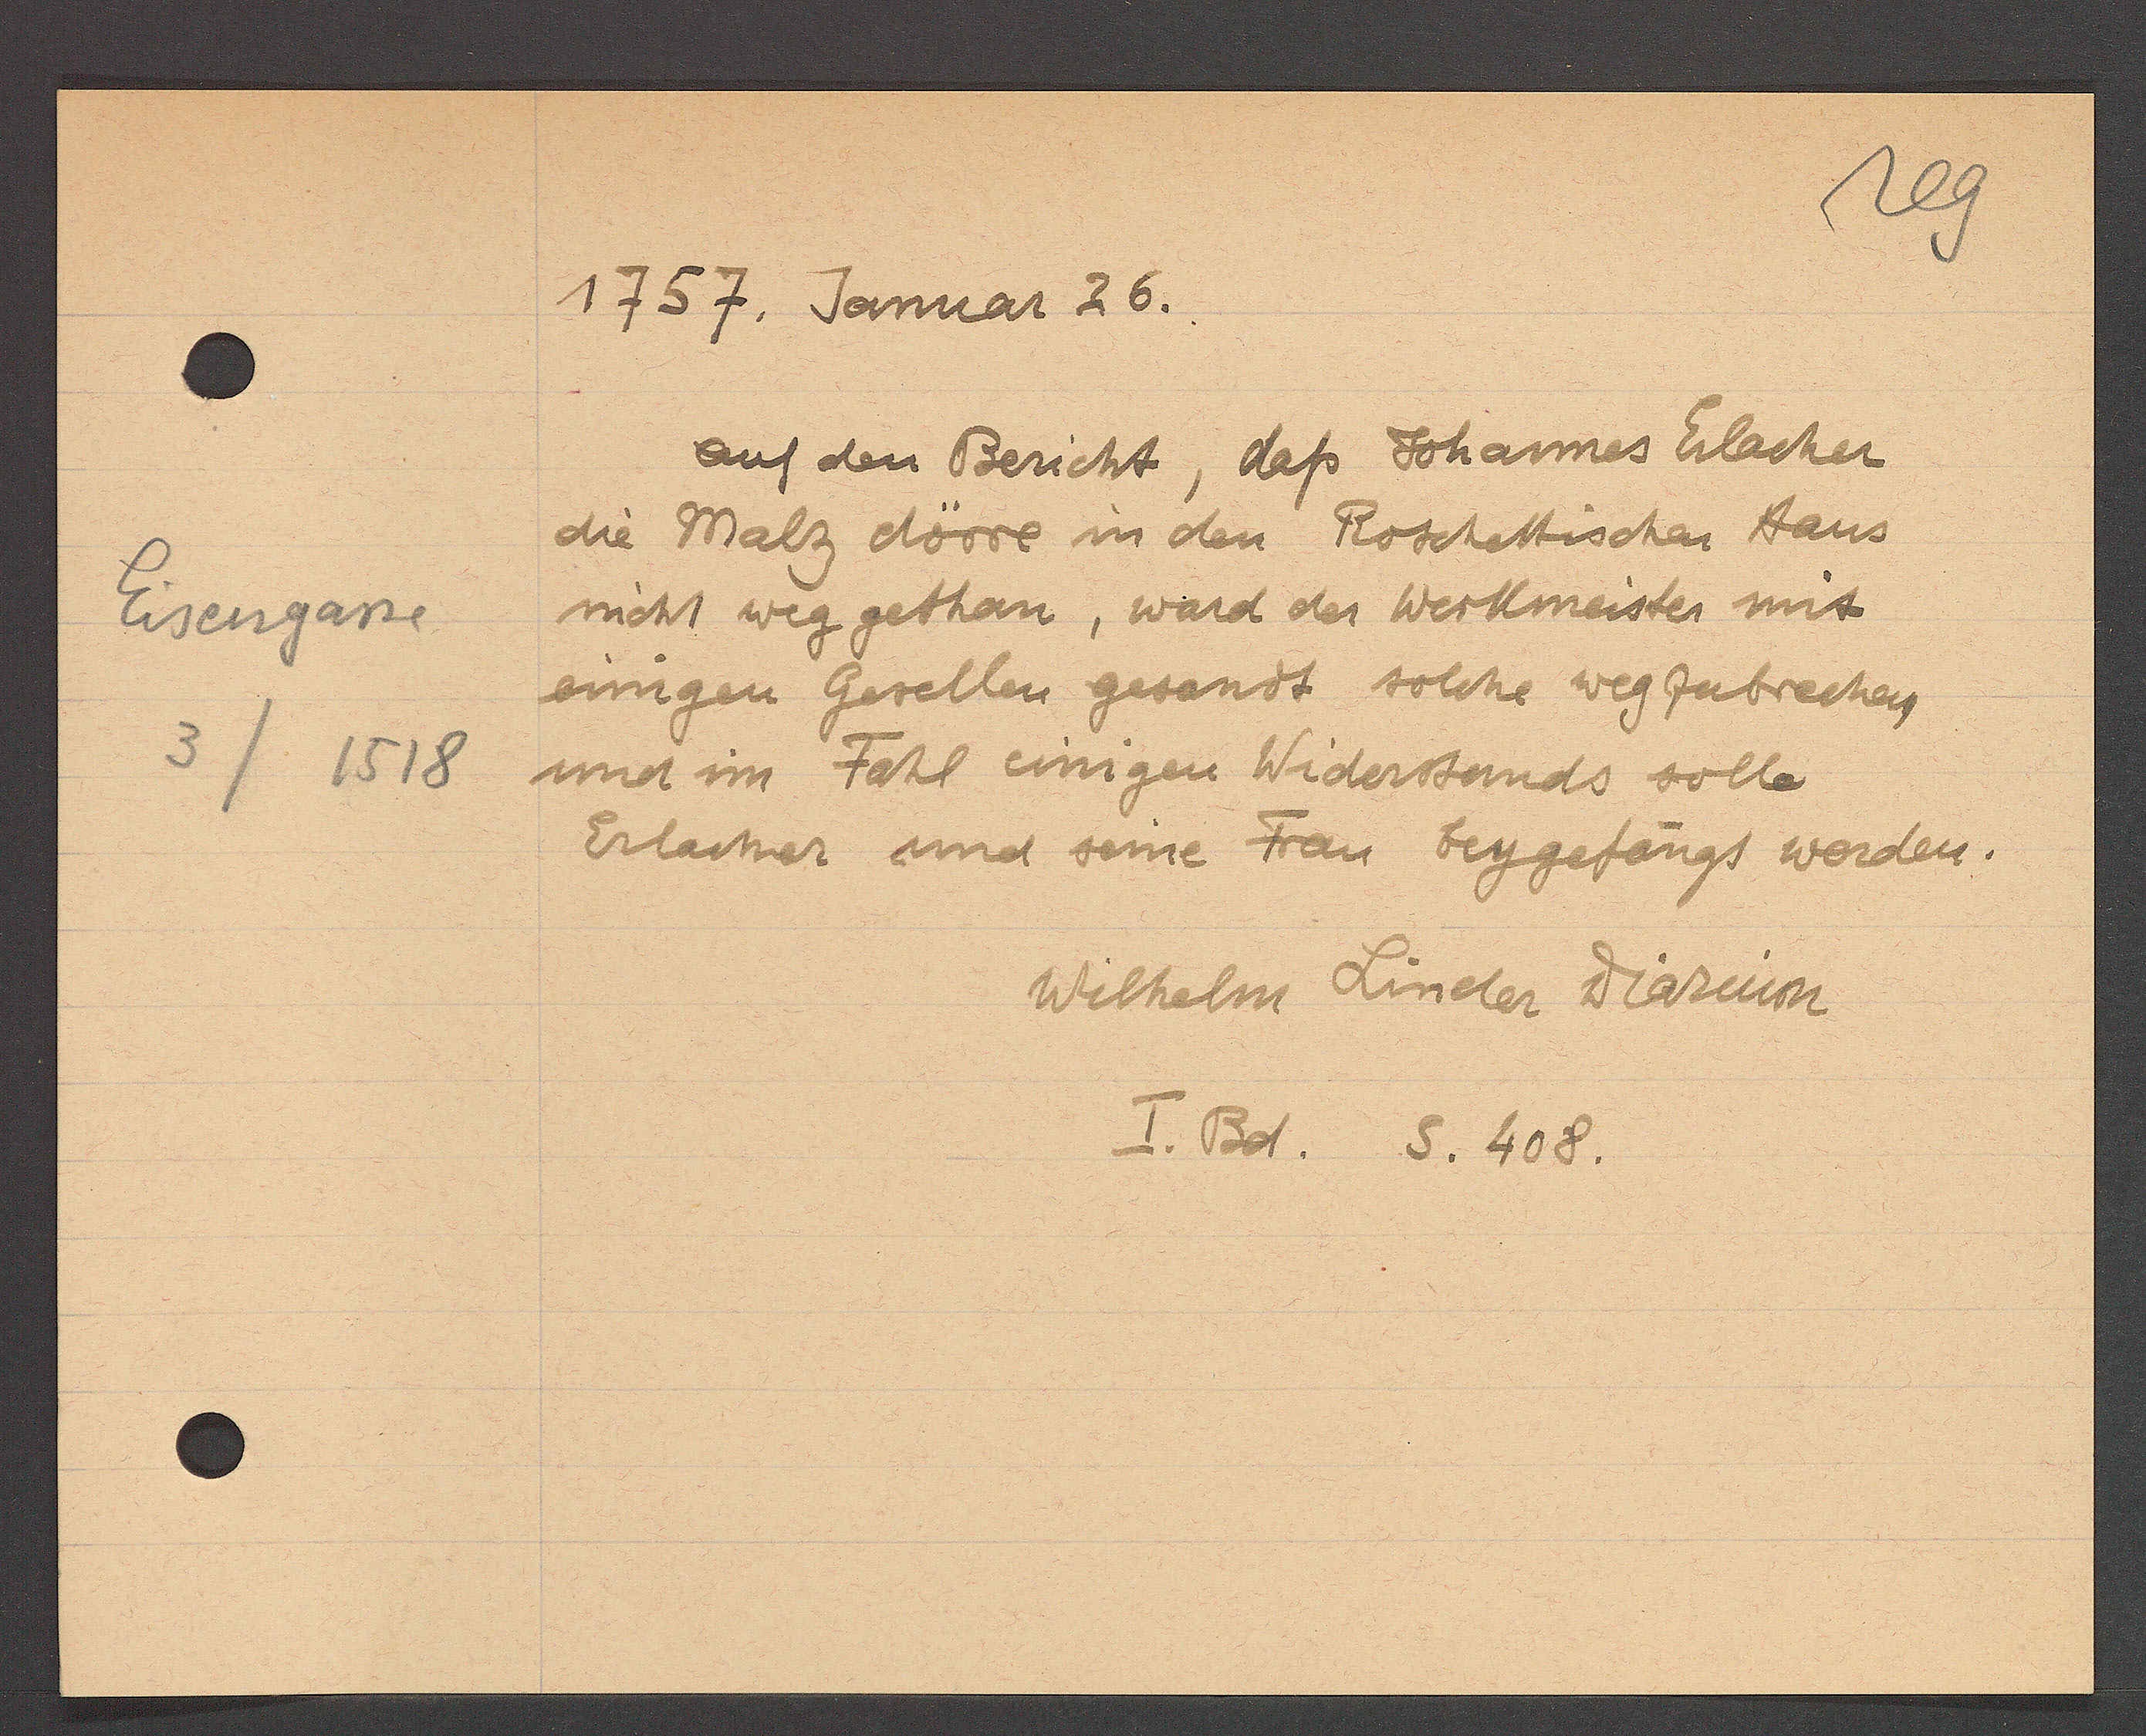
Transcript:
Eisengasse
3/1518

1757. Januar 26

auf den Bericht, daß Johannes Erlacher
die Malz dörre in den Roschettischen Haus
nicht weg gethan, ward der Werkmeister mit
einigen Gesellen gesandt solche wegzubrechen
und im Fall einigen Widerstands solle
Erlacher und seine Frau beygefangs worden.

Wilhelm Linder Diarium
I. Bd. S. 408.